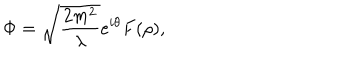
\Phi = \sqrt { \frac { 2 m ^ { 2 } } { \lambda } } e ^ { i \theta } F ( \rho ) ,